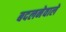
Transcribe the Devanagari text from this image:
बदलनेवाले